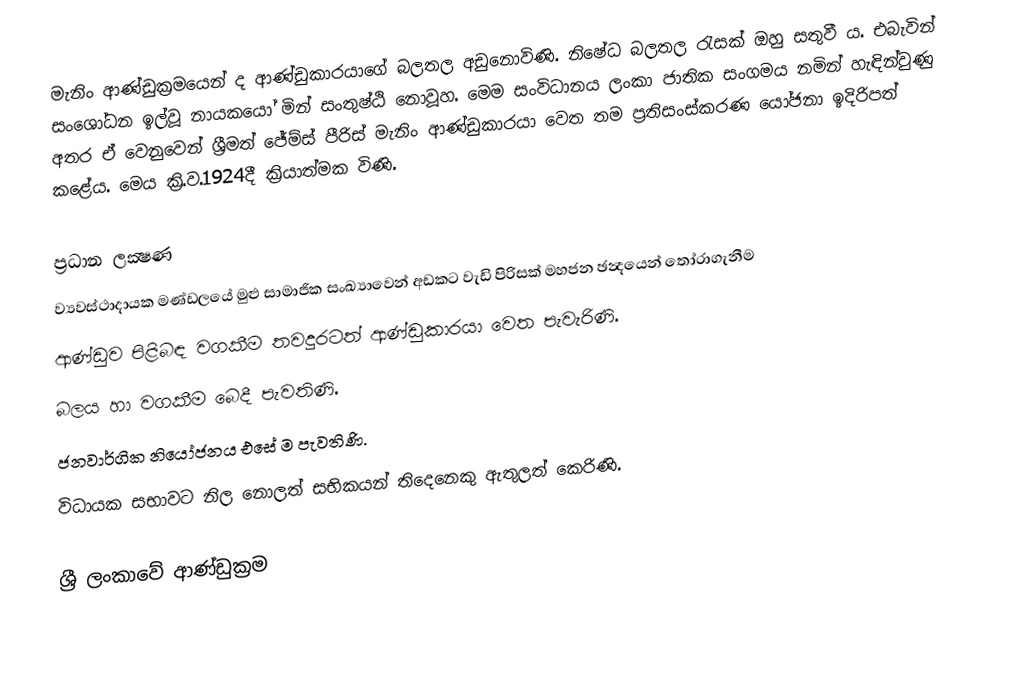
මැනිං ආණ්ඩුක්‍රමයෙන් ද ආණ්ඩුකාරයාගේ බලතල අඩුනොවිණි. නිෂේධ බලතල රැසක් ඔහු සතුවී ය. එබැවින් සංශෝධන ඉල්වූ නායකයෝ මින් සංතුෂ්ඨි නොවූහ. මෙම සංවිධානය ලංකා ජාතික සංගමය නමින් හැඳින්වුණු අතර ඒ වෙනුවෙන් ශ්‍රීමත් ජේම්ස් පීරිස් මැනිං ආණ්ඩුකාරයා වෙත තම ප්‍රතිසංස්කරණ යෝජනා ඉදිරිපත් කළේය. මෙය ක්‍රි.ව.1924දී ක්‍රියාත්මක විණි.

ප්‍රධාන ලක්‍ෂණ
 ව්‍යවස්ථාදායක මණ්ඩලයේ මුළු සාමාජික සංඛ්‍යාවෙන් අඩකට වැඩි පිරිසක් මහජන ඡන්‍දයෙන් තෝරාගැනීම
 ආණ්ඩුව පිළිබඳ වගකීම තවදුරටත් ආණ්ඩුකාරයා වෙත පැවැරිණි.
 බලය හා වගකීම බෙදී පැවතිණි.
 ජනවාර්ගික නියෝජනය එසේ ම පැවතිණි.
 විධායක සභාවට නිල නොලත් සභිකයන් තිදෙනෙකු ඇතුලත් කෙරිණි.

ශ්‍රී ලංකාවේ ආණ්ඩුක්‍රම